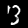
Digit: 3